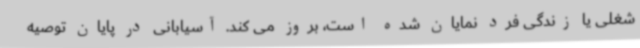
شغلی یا زندگی فرد نمایان شده است، بروز می کند. آسیابانی در پایان توصیه